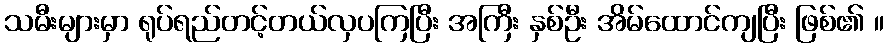
သမီးများမှာ ရုပ်ရည်တင့်တယ်လှပကြပြီး အကြီး နှစ်ဦး အိမ်ထောင်ကျပြီး ဖြစ်၏ ။